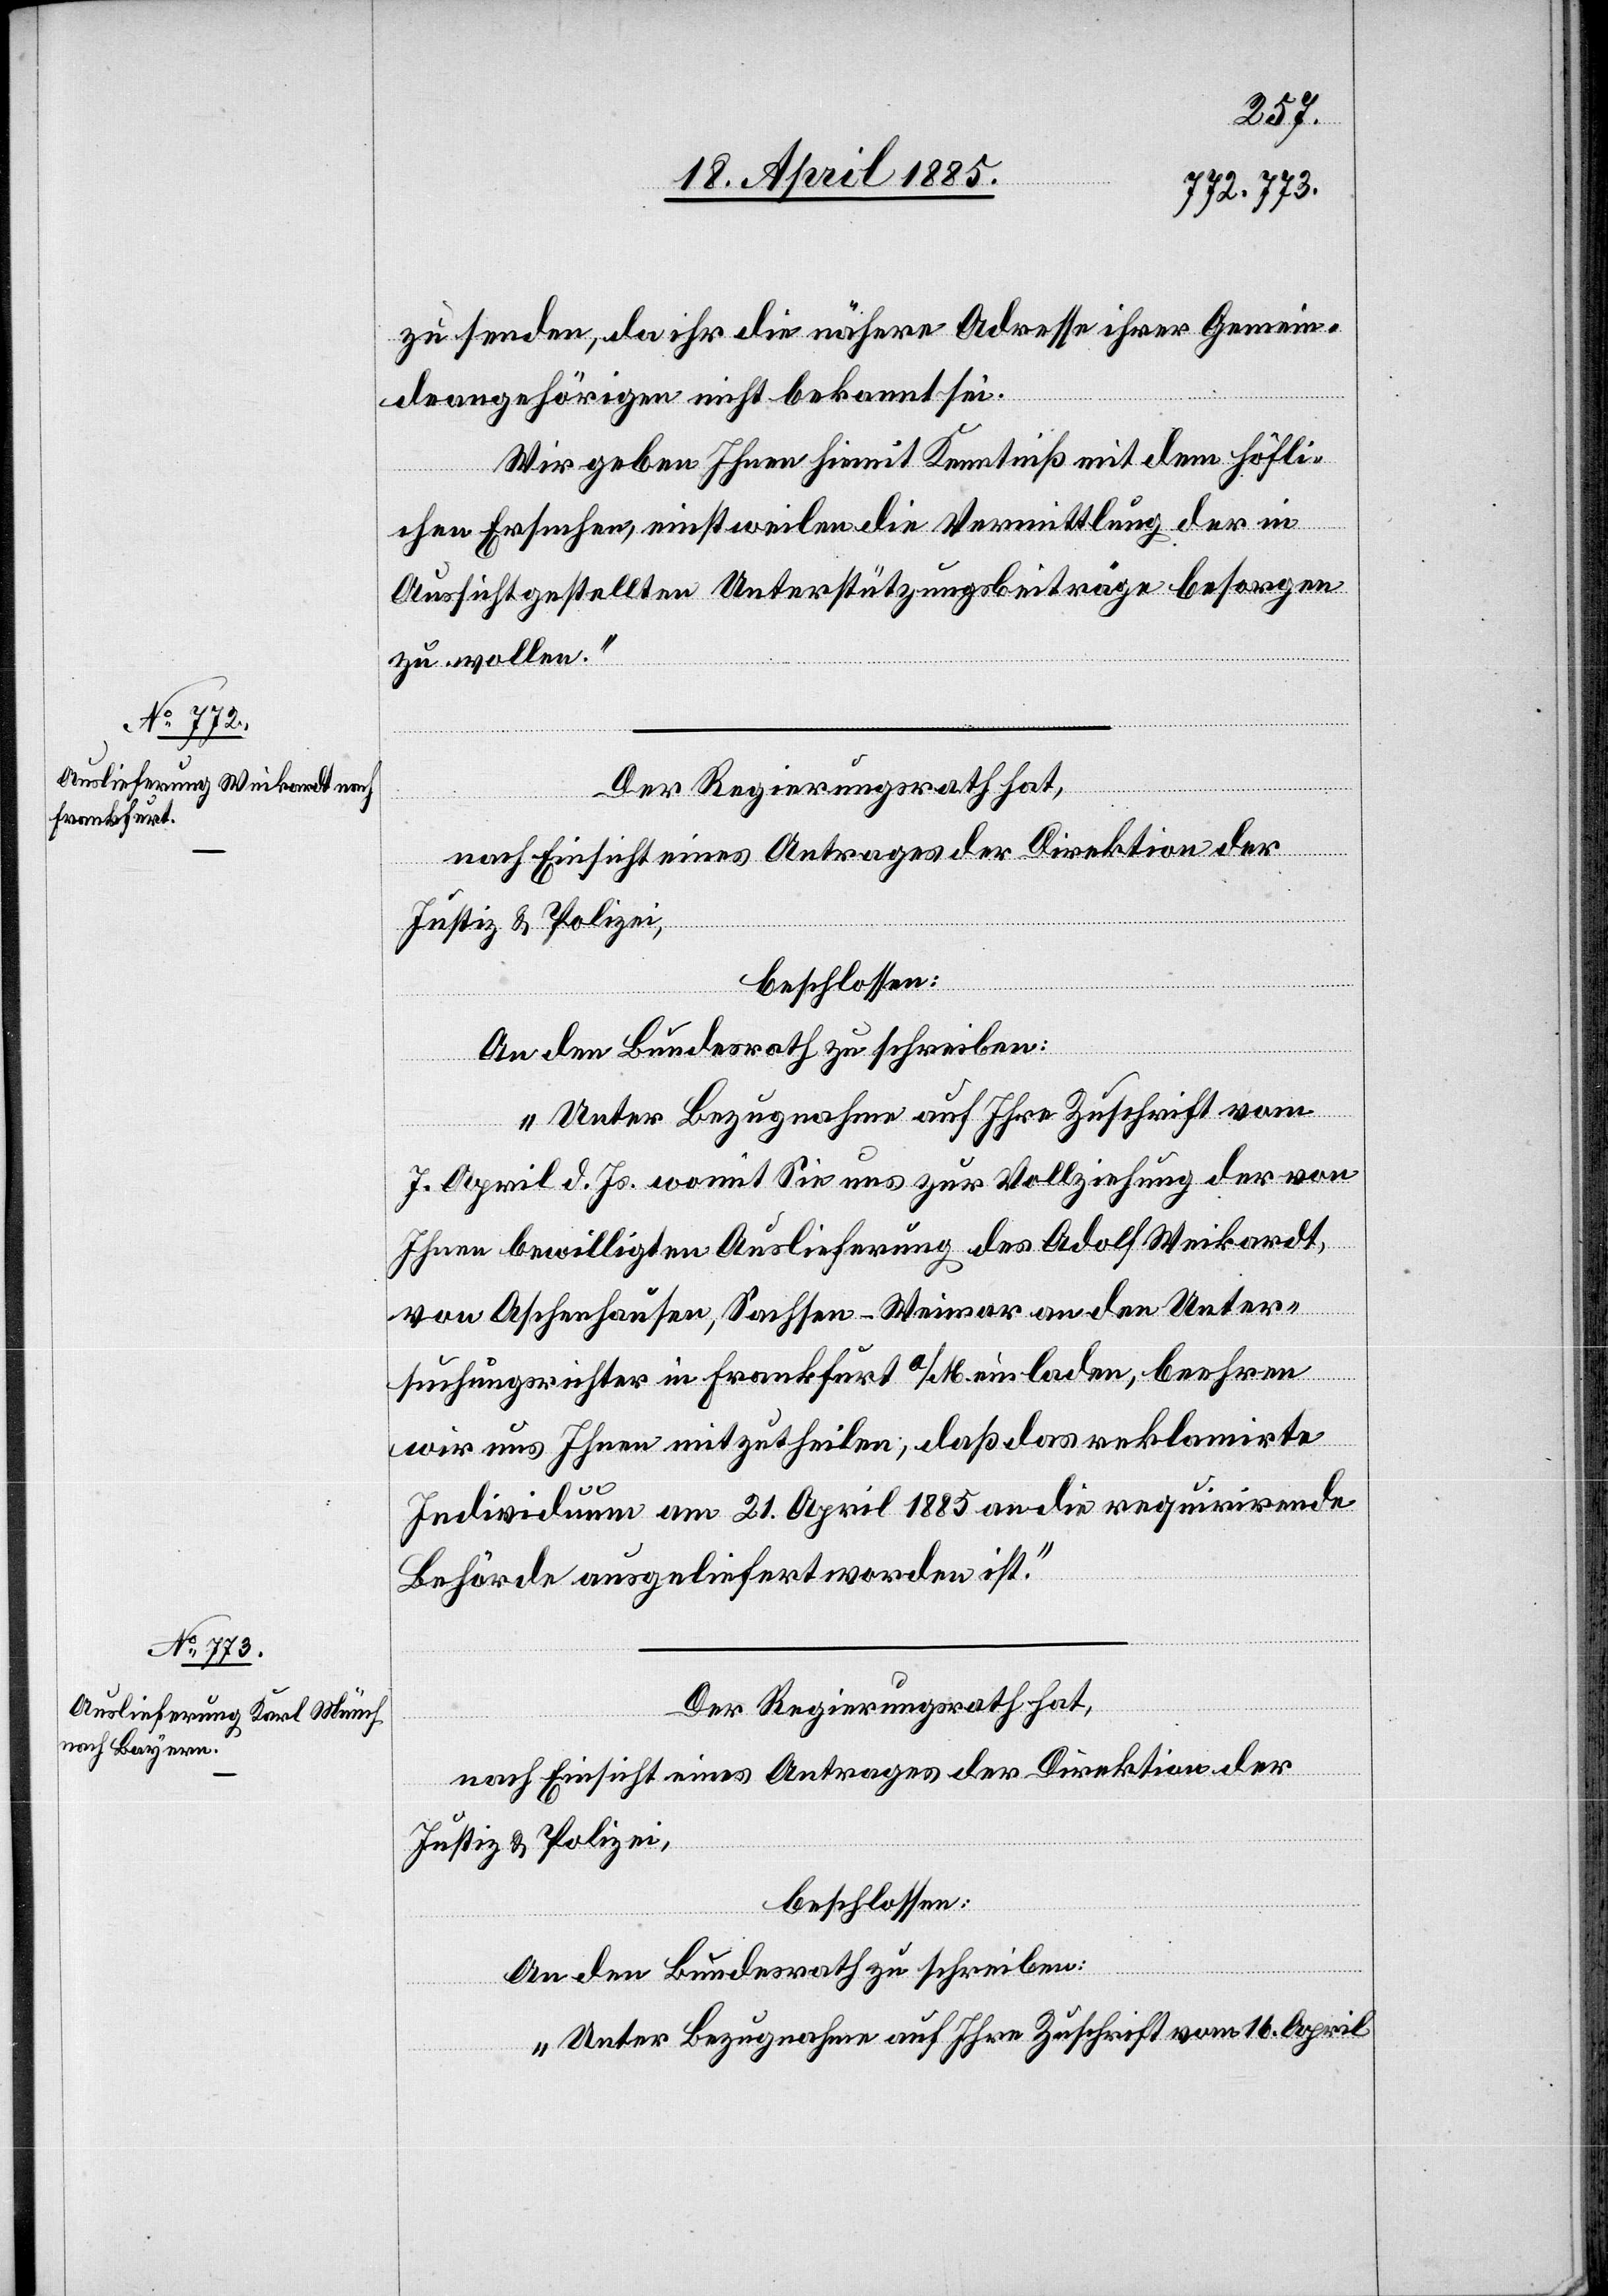
22. April 1885.]
zu senden, da ihr die nähere Adresse ihrer Gemein¬
deangehörigen nicht bekannt sei.
Wir geben Ihnen hiemit Kenntniß, mit dem höfli¬
chen Ersuchen, einstweilen die Vermittlung der in
Aussicht gestellten Unterstützungsbeiträge besorgen
zu wollen.“
An den Bundesrath zu schreiben:
„Unter Bezugnahme auf Ihre Zuschrift vom
7. April d. Js. womit Sie uns zur Vollziehung der von
Ihnen bewilligten Auslieferung des Adolf Weikardt,
l-Verfügungen.
von Aschenhausen, Sachsen - Weimar an den Unter¬
suchungsrichter in Frankfurt a/M. einladen, beehren
wir uns Ihnen mitzutheilen, daß das reklamirte
Individuum am 21. April 1885 an die requirirende
Behörde ausgeliefert worden ist.“
Der Regierungsrath hat,
nach Einsicht eines Antrages der Direktion der
Justiz & Polizei,
beschlossen:
An den Bundesrath zu schreiben:
„Unter Bezugnahme auf Ihre Zuschrift vom 16. April